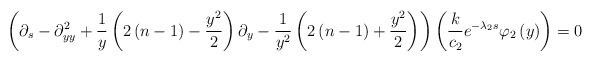
LaTeX: \begin{align*}\left(\partial_{s}-\partial_{yy}^{2}+\frac{1}{y}\left(2\left(n-1\right)-\frac{y^{2}}{2}\right)\partial_{y}-\frac{1}{y^{2}}\left(2\left(n-1\right)+\frac{y^{2}}{2}\right)\right)\left(\frac{k}{c_{2}}e^{-\lambda_{2}s}\varphi_{2}\left(y\right)\right)=0\end{align*}